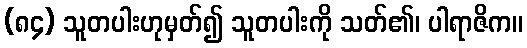
(၈၄) သူတပါးဟုမှတ်၍ သူတပါးကို သတ်၏၊ ပါရာဇိက။